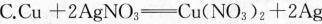
C.Cu+2AgNO_{3}\xlongequal [ ] { }Cu(NO_{3})_{2}+2Ag